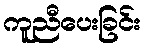
ကူညီပေးခြင်း